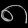
Digit: ၈